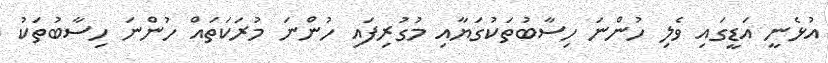
އުޅެނީ އަޑީގައި ވެލި ހުންނަ ހިސާބުތަކުގަޔާއި މުގުރިފައި ހުންނަ މުރަކަތައް ހުންނަ ހިސާބުތަކު